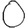
Digit: 0